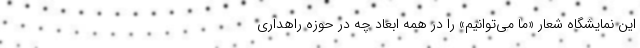
این نمایشگاه شعار «ما می‌توانیم‌» را در همه ابعاد چه در حوزه راهداری